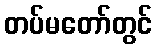
တပ်မတော်တွင်